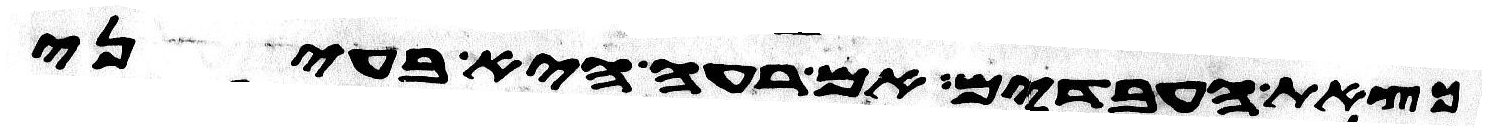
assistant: כצאת העבדים אם רעה היא בעיני